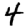
Digit: 4